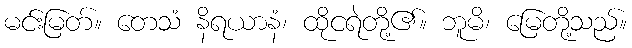
မင်းမြတ်။ တေသံ နိရယာနံ၊ ထိုငရဲတို့၏။ ဘူမိ၊ မြေတို့သည်။